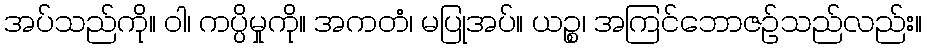
အပ်သည်ကို။ ဝါ၊ ကပ္ပိမှုကို။ အကတံ၊ မပြုအပ်။ ယဉ္စ၊ အကြင်ဘောဇဉ်သည်လည်း။